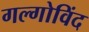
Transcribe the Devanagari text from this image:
गल्गोविंद